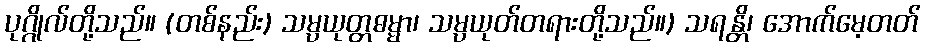
ပုဂ္ဂိုလ်တို့သည်။ (တစ်နည်း) သမ္ပယုတ္တဓမ္မာ၊ သမ္ပယုတ်တရားတို့သည်။) သရန္တိ၊ အောက်မေ့တတ်